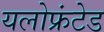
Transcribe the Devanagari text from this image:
यलोफ्रंटेड